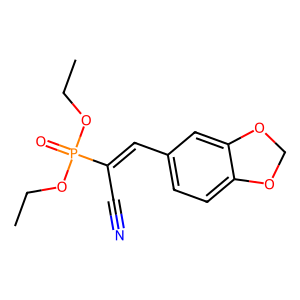
SMILES: CCOP(=O)(OCC)C(C#N)=Cc1ccc2c(c1)OCO2
Inhibits HIV replication: No